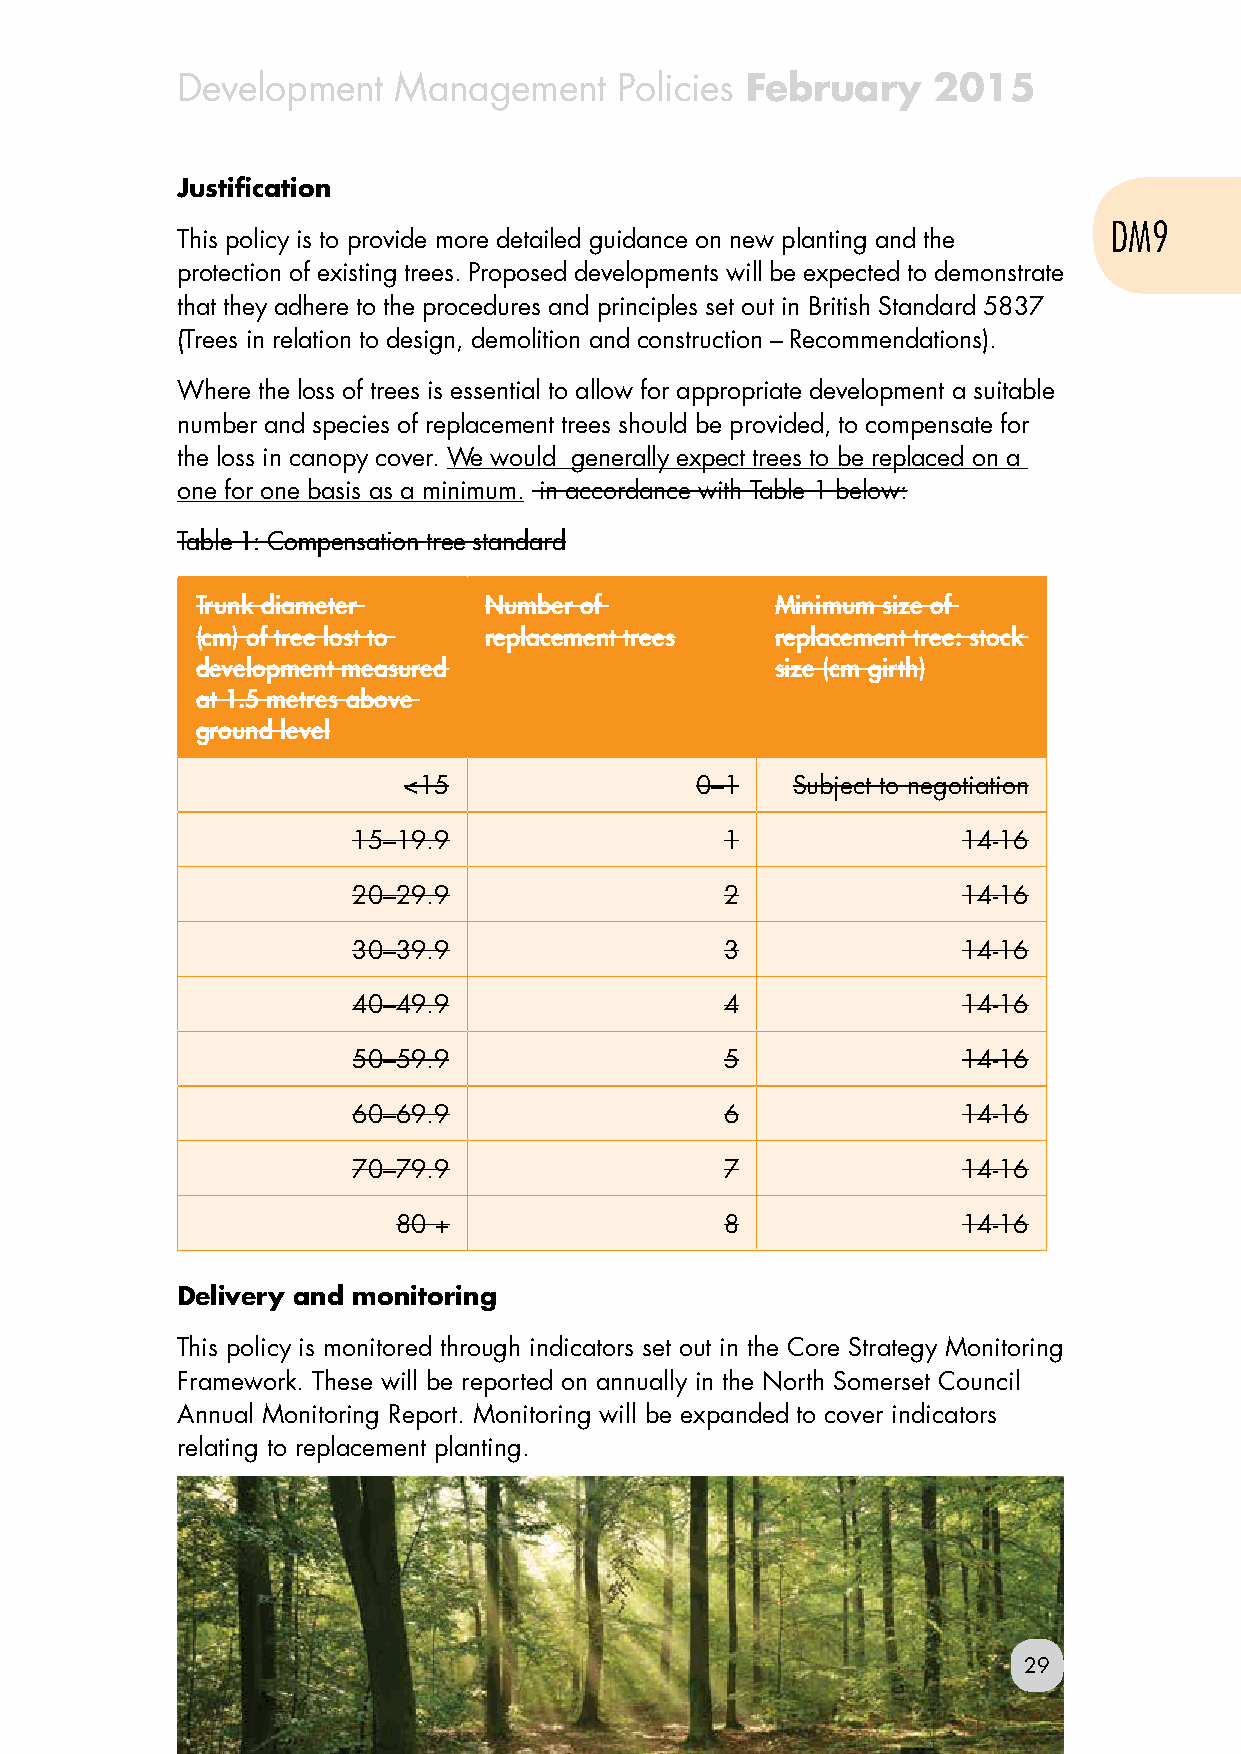
Development   Management     Policies February    2015
 Justification
 DM9
 This policy is to provide more detailed guidance on new planting and the
 protection of existing trees. Proposed developments will be expected to demonstrate
 that they adhere to the procedures and principles set out in British Standard 5837
 (Trees in relation to design, demolition and construction – Recommendations).
 Where the loss of trees is essential to allow for appropriate development a suitable
 number and species of replacement trees should be provided, to compensate for
 the loss in canopy cover. We would generally expect trees to be replaced on a
 one for one basis as a minimum. in accordance with Table 1 below:
 Table 1: Compensation tree standard
 Trunk diameter     Number of          Minimum size of
 (cm) of tree lost to replacement trees replacement tree: stock
 development measured                  size (cm girth)
 at 1.5 metres above
 ground level
 <15                0–1   Subject to negotiation
 15–19.9                  1               14-16
 20–29.9                  2               14-16
 30–39.9                  3               14-16
 40–49.9                  4               14-16
 50–59.9                  5               14-16
 60–69.9                  6               14-16
 70–79.9                  7               14-16
 80 +                  8               14-16
 Delivery and monitoring
 This policy is monitored through indicators set out in the Core Strategy Monitoring
 Framework. These will be reported on annually in the North Somerset Council
 Annual Monitoring Report. Monitoring will be expanded to cover indicators
 relating to replacement planting.
 29